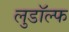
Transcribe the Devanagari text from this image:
लुडॉल्फ